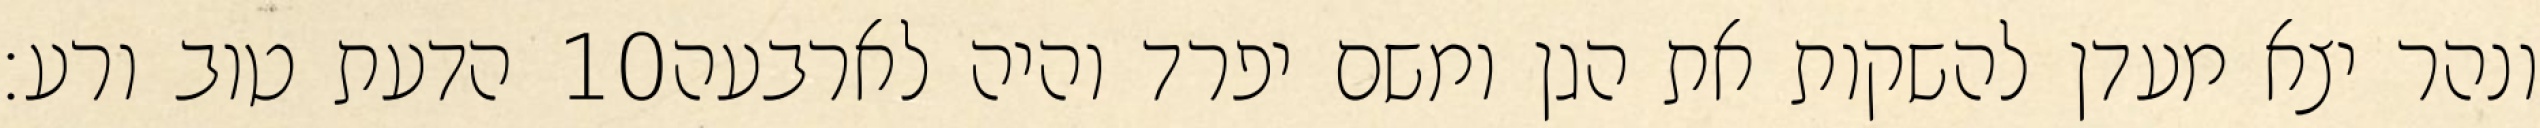
הדעת טוב ורע׃ ‎10‏ ונהר יצא מעדן להשקות את הגן ומשם יפרד והיה לארבעה